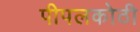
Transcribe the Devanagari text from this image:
पीपलकोठी